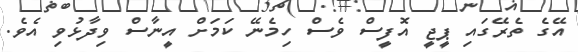
އޭގެ ތެރޭގައި ޕީޖީ އޮފީސް ވެސް ހިމެނޭ ކަމަށް އީނާސް ވިދާޅުވި އެވެ.